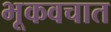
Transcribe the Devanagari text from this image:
भूकवचात